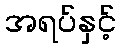
အရပ်နှင့်